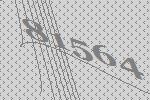
81564